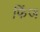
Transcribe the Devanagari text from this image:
फिंज